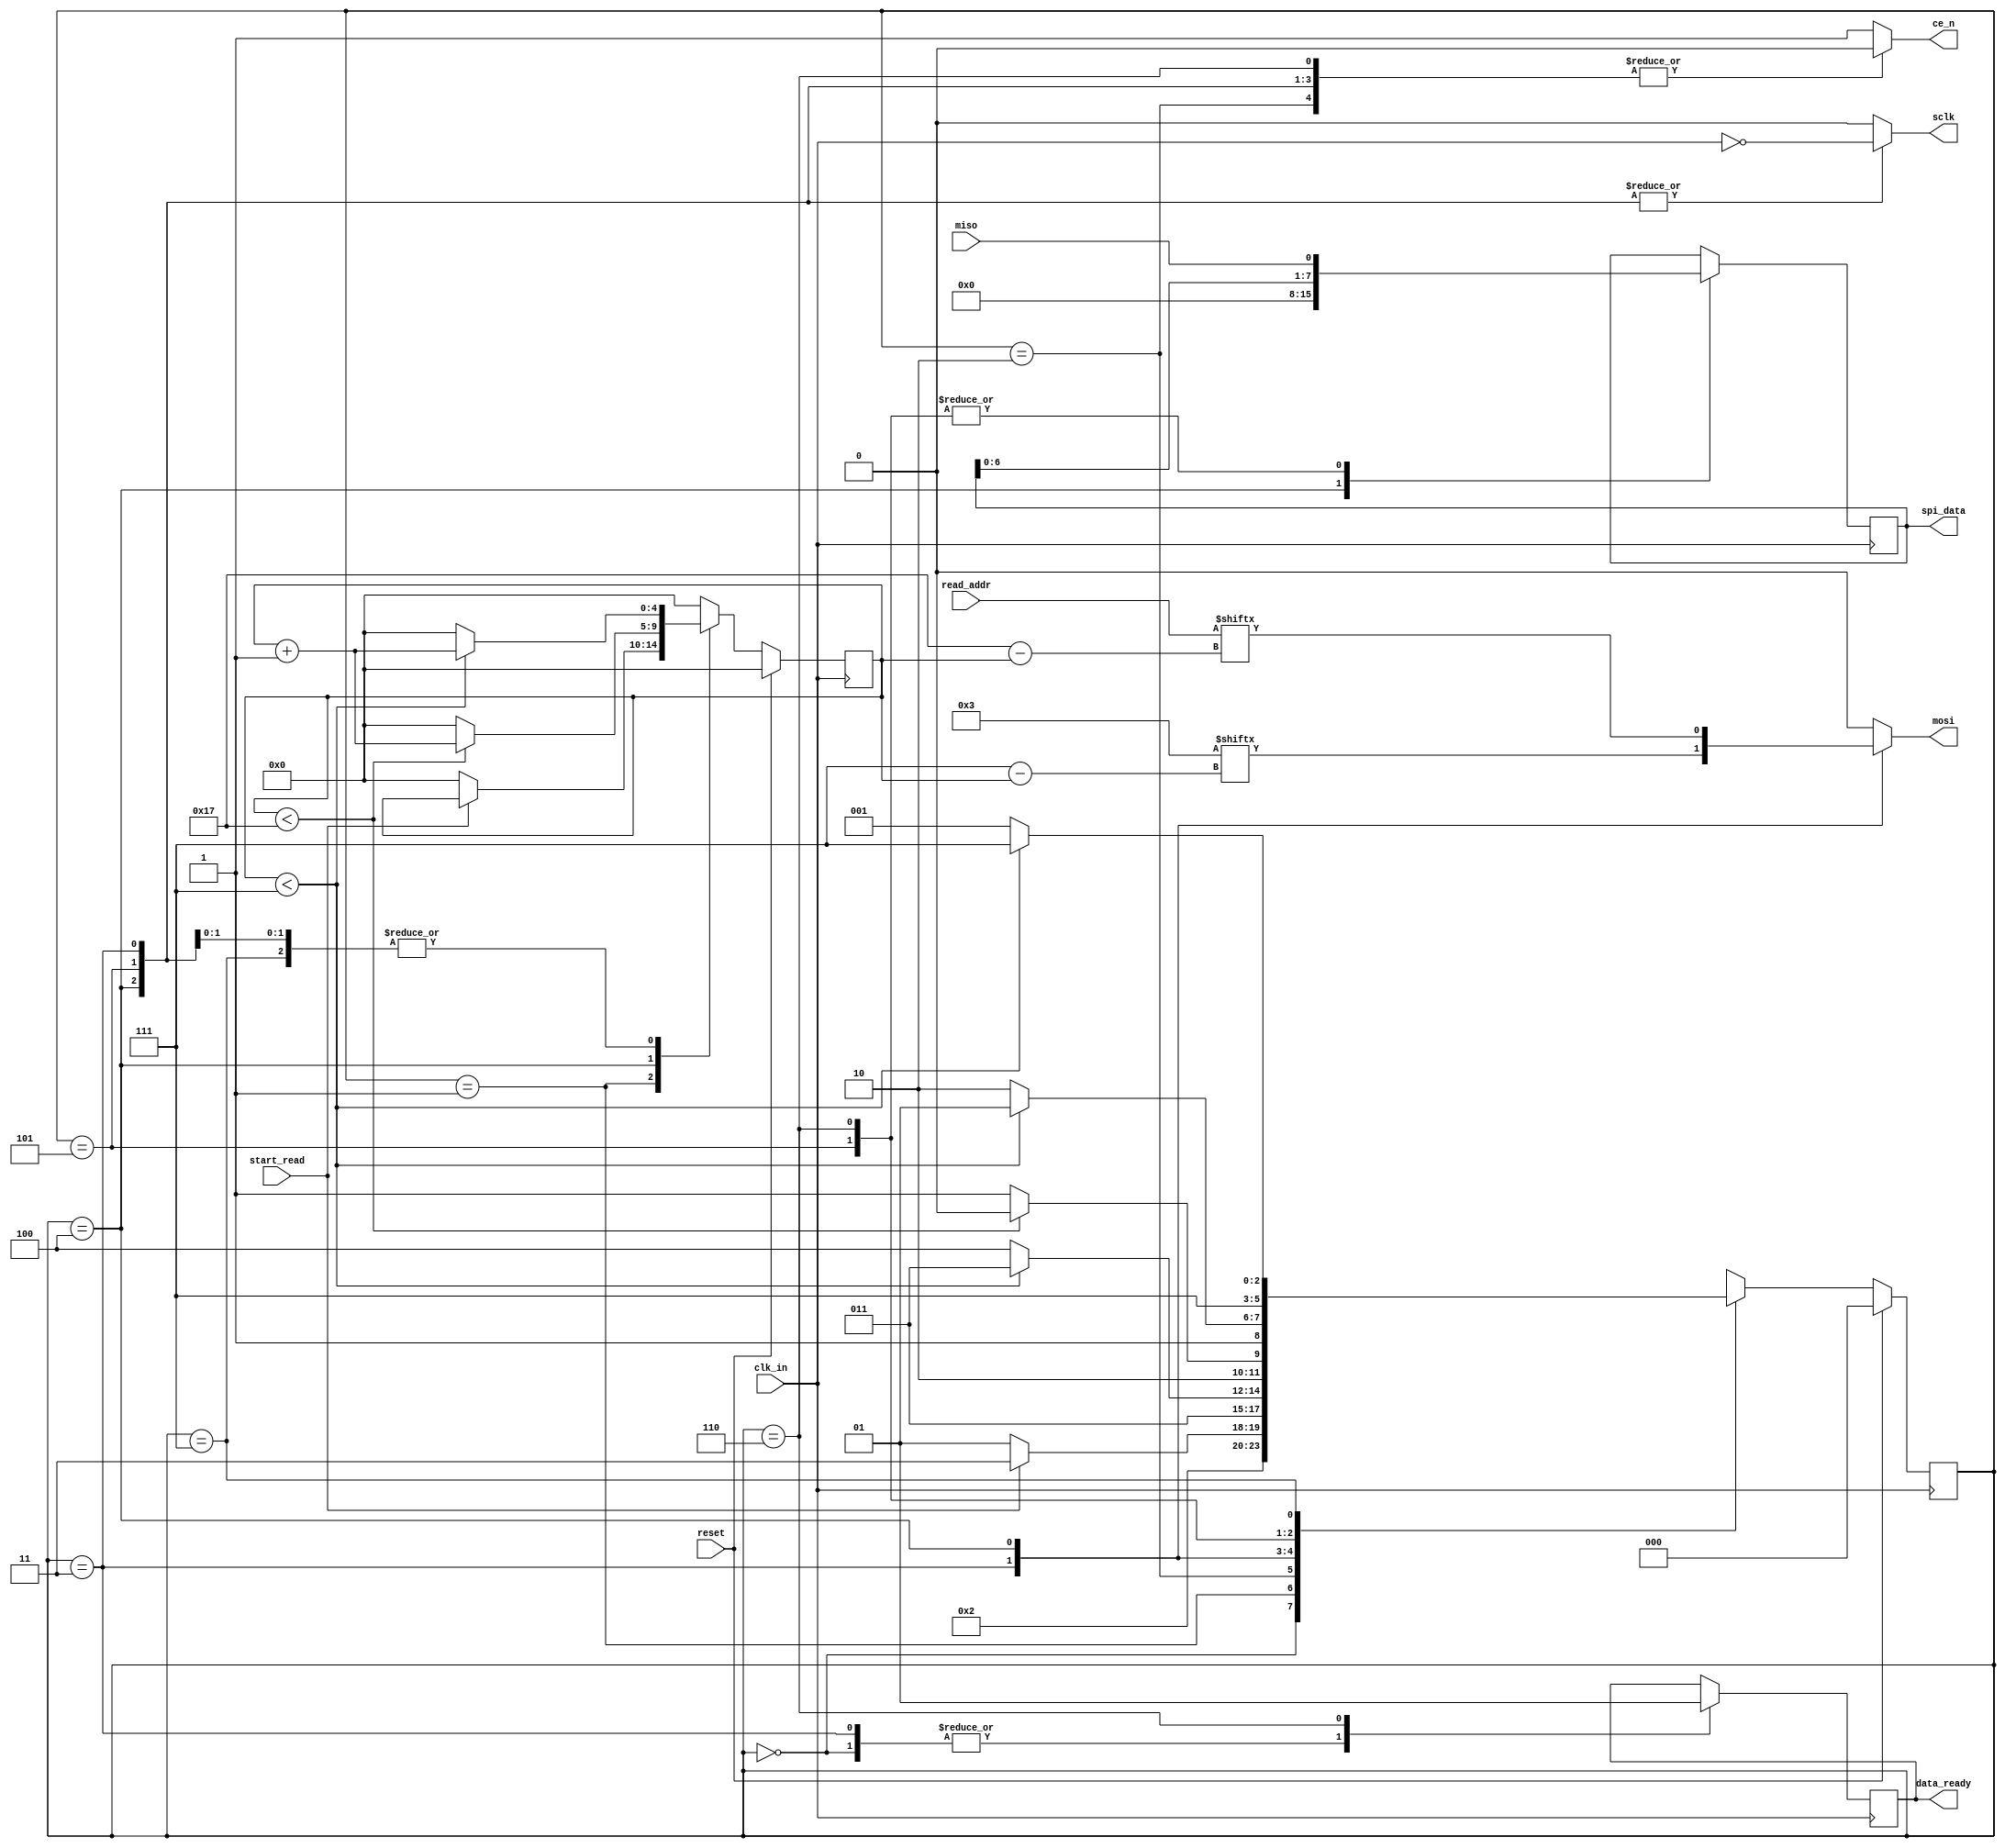
`timescale 1ns / 1ps

module SpiInterface
(
	input             clk_in,      // system clock (12.5 MHz)
	input             reset,       // synchronous reset
   input             start_read,  // triggers a read from the input address
   input      [0:23] read_addr,   // read address
	input             miso,        // serial input from SPI slave	
	output reg        mosi,        // serial out to SPI slave
	output reg        ce_n,        // active-low chip enable for SPI slave
   output reg        sclk,        // SPI serial clock
   output reg        data_ready,  // signals that the data is ready to be read
   output reg  [7:0] spi_data     // the byte read from the SPI slave
);

	// FSM States
	parameter RESET        = 3'd0;
   parameter IDLE         = 3'd1;
   parameter ENABLE_CHIP  = 3'd2;
   parameter ISSUE_CMD    = 3'd3;
   parameter ISSUE_ADDR   = 3'd4;
   parameter RECEIVE_DATA = 3'd5;
   parameter DISABLE_CHIP = 3'd6;
   parameter MOVE_DATA    = 3'd7;   
	
	localparam [0:7] read_cmd  =  8'h03;

	reg [4:0] clk_count;
   
   // create an inverted clock signal to drive SCLK
   wire inv_clk_in = ~clk_in;

	// state assignment
   reg [2:0] state = RESET;
   always@(posedge clk_in) begin
      clk_count <= 5'd0;
      if (reset) begin
         state <= RESET;
      end
      else begin
         case (state)
            RESET : begin
               state <= IDLE;
            end
            IDLE : begin
               if (start_read) begin
                  state     <= ISSUE_CMD;
						clk_count <= clk_count;
					end
               else begin
                  state <= IDLE;
					end
            end
            ENABLE_CHIP : begin
               state <= ISSUE_CMD;					
            end
            ISSUE_CMD : begin
               if (clk_count < 5'd7) begin
                  state     <= ISSUE_CMD;
						clk_count <= clk_count + 1'b1;
					end
               else begin
                  state <= ISSUE_ADDR;
					end
            end
            ISSUE_ADDR : begin
               if (clk_count < 5'd23) begin
                  state     <= ISSUE_ADDR;
						clk_count <= clk_count + 1'b1;
					end
               else begin
                  state <= RECEIVE_DATA;
					end
            end
            RECEIVE_DATA : begin
               if (clk_count < 5'd7) begin
                  state     <= RECEIVE_DATA;
						clk_count <= clk_count + 1'b1;
					end
               else begin
                  state     <= DISABLE_CHIP;
						clk_count <= 5'd0;
					end
            end
            DISABLE_CHIP : begin
               state <= MOVE_DATA;
            end
            MOVE_DATA : begin
               if (clk_count < 5'd7) begin
                  state     <= MOVE_DATA;
						clk_count <= clk_count + 1'b1;
					end
               else begin
                  state     <= IDLE;
						clk_count <= 5'd0;
					end
            end
         endcase
		end
	end
   
   // latch the incoming SPI data
   always @(negedge inv_clk_in) begin
      case (state)
         ISSUE_ADDR   : spi_data <= 8'b0;
         RECEIVE_DATA : spi_data <= { spi_data[6:0], miso };
         DISABLE_CHIP : spi_data <= { spi_data[6:0], miso };
         default      : spi_data <= spi_data;
      endcase
   end
	
	// MOSI assignment
   always@(*) begin
      case (state)
         ISSUE_CMD  : mosi = read_cmd[clk_count];
         ISSUE_ADDR : mosi = read_addr[clk_count];
         default    : mosi = 1'b0;
      endcase
   end
   
   // chip-enable assignment
   always@(*) begin
      case (state)
         RESET        : ce_n = 1'b1;
         ENABLE_CHIP  : ce_n = 1'b0;
         ISSUE_CMD    : ce_n = 1'b0;
         ISSUE_ADDR   : ce_n = 1'b0;
         RECEIVE_DATA : ce_n = 1'b0;
         DISABLE_CHIP : ce_n = 1'b0;
         MOVE_DATA    : ce_n = 1'b1;
         default      : ce_n = 1'b1;
      endcase
   end
   
   // serial clock assignment
   always@(*) begin
      case (state)
         ISSUE_CMD    : sclk = inv_clk_in;
         ISSUE_ADDR   : sclk = inv_clk_in;
         RECEIVE_DATA : sclk = inv_clk_in;
         default      : sclk = 1'b0;
      endcase
   end
   
   // data ready flag assignment
   always@(posedge clk_in) begin
      case (state)
         RESET        : data_ready <= 1'b0;
         ISSUE_CMD    : data_ready <= 1'b0;
         DISABLE_CHIP : data_ready <= 1'b1;
         default      : data_ready <= data_ready;
      endcase
   end
	
	// state debugging output
	// assign state_out = state;

endmodule // SpiInterface

module I2sInterface
(
   input        clk,
   input        reset,
   input        lrclk,
   input        sclk,
   input [10:0] sample_data,
   output reg   data_out  
);

   // generate a pulse for every low-to-high transition of the LR clock
   reg a, b;
   wire lr_trig = a & ~b;
   always@(posedge clk) begin
      a <= lrclk;
      b <= a;
   end
   
   // generate a pulse for every low-to-high transition of the serial clock
   reg c, d;
   wire s_trig = c & ~d;
   always@(posedge clk) begin
      c <= ~sclk;
      d <= c;
   end

   reg [3:0] shift_count;

   parameter RESET       = 2'd0;
   parameter SYNC        = 2'd1;
   parameter SHIFT_RIGHT = 2'd2;
   parameter SHIFT_LEFT  = 2'd3;
   
   reg [1:0] state;
   always@(posedge clk) begin
      if (reset) begin
         state <= RESET;
         shift_count <= 4'd0;
      end
      else begin
         case (state)
            RESET : begin
               state <= SYNC;
               shift_count <= 4'd0;
            end
            // wait for an LR transition becore starting the shift count
            SYNC : begin
               if (lr_trig) begin
                  state <= SHIFT_RIGHT;
                  if (s_trig)
                     shift_count <= 4'd15;
                  else
                     shift_count <= shift_count;
               end
               else begin
                  state       <= SYNC;
                  shift_count <= 4'd0;
               end
            end
            SHIFT_RIGHT : begin
               if (shift_count == 4'd0) begin
                  if (s_trig) begin
                     shift_count <= 4'd15;
                     state       <= SHIFT_LEFT;
                  end
                  else begin
                     shift_count <= shift_count;
                     state       <= SHIFT_RIGHT;
                   end
               end
               else begin
                  state  <= SHIFT_RIGHT;
                  if (s_trig)
                     shift_count <= shift_count - 1'b1;
                  else
                     shift_count <= shift_count;
               end
            end
            SHIFT_LEFT : begin
               if (shift_count == 4'd0) begin                  
                  if (s_trig) begin
                     shift_count <= 4'd15;
                     state       <= SHIFT_RIGHT;
                  end
                  else begin
                     shift_count <= shift_count;
                     state       <= SHIFT_LEFT;
                   end
               end
               else begin
                  state <= SHIFT_LEFT;
                  if (s_trig)
                     shift_count <= shift_count - 1'b1;
                  else
                     shift_count <= shift_count;
               end
            end
         endcase
      end
   end
   
   // shift the sample data out the the I2S serial output, MSB first
   // fill the lowest 5 bits with zeros to boost the sample to full 16-bit scale
   always@(posedge clk) begin
      if (s_trig) begin
         if (shift_count > 3'd4) begin
            data_out <= sample_data[shift_count - 3'd5];
         end
         else begin
            data_out <= 1'b0;
         end
      end
      else begin
         data_out <= data_out;
      end
   end

endmodule